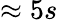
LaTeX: \approx 5s